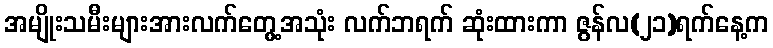
အမျိုးသမီးများအားလက်တွေ့အသုံး လက်ဘရက် ဆုံးထားကာ ဇွန်လ(၂၁)ရက်နေ့က